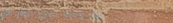
بيع وشراء جميع أنواع الأج